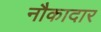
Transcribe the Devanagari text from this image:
नौकादार